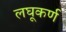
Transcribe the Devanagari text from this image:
लघूकर्ण